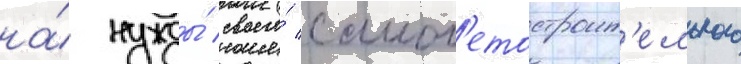
на́ нужды́ своего́ самол'етостроит'ельного